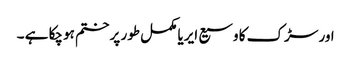
اور سڑک کا وسیع ایریا مکمل طور پر ختم ہوچکا ہے ۔